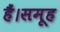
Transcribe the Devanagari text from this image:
हैं।समूह